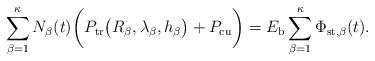
LaTeX: \begin{align*}\sum_{\beta=1}^{\kappa}N_\beta(t)\bigg(P_{\rm{tr}}\big(R_{\beta}, \lambda_{\beta}, h_\beta\big) + P_{\rm{cu}}\bigg) = E_{\rm{b}} \sum_{\beta=1}^{\kappa} \Phi_{\rm{st},\beta}(t).\end{align*}